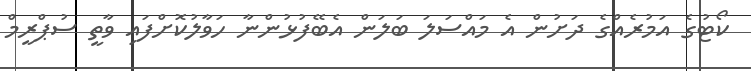
ކޯޓުގެ އަމުރެއްގެ ދަށުން އެ މައްސަލަ ބަލަން އެބޭފުޅުންނާ ހަވާލުކޮށްފައި ވާތީ ސުޕްރީމް